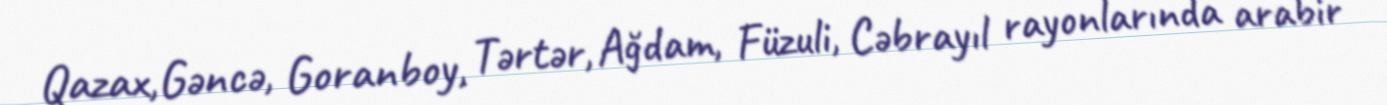
Qazax,Gəncə, Goranboy, Tərtər, Ağdam, Füzuli, Cəbrayıl rayonlarında arabir